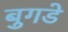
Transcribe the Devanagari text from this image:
बुगडे